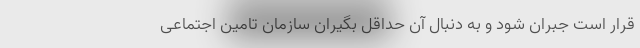
قرار است جبران شود و به دنبال آن حداقل بگیران سازمان تامین اجتماعی